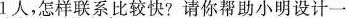
1人，怎样联系比较快?请你帮助小明设计一